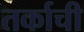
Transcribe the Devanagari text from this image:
तर्काची